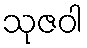
သုဇဝါ